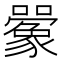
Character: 𫬰